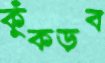
কুঁকড়ব